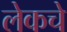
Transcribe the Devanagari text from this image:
लेकचे